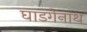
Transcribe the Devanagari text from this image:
घाडगेनाथ